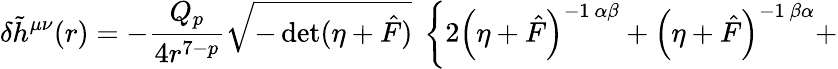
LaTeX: \delta{\tilde{h}}^{\mu\nu}(r)=-\frac{Q_{p}}{4r^{7-p}}\sqrt{-\operatorname*{det}(\eta+{\hat{F}})}~\left\{ 2\left(\eta+\hat{F}\right)^{-1~\alpha\beta}+\left(\eta+\hat{F}\right)^{-1~\beta\alpha}+\right.